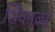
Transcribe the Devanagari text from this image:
शिवमळा